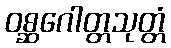
ဝစ္ဆဂေါတ္တသုတ္တံ